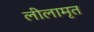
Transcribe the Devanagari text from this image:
लीलामृत